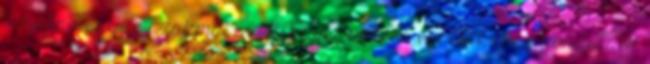
tanulna egy új szakmát, esetleg az önálló vállalkozás gondolata